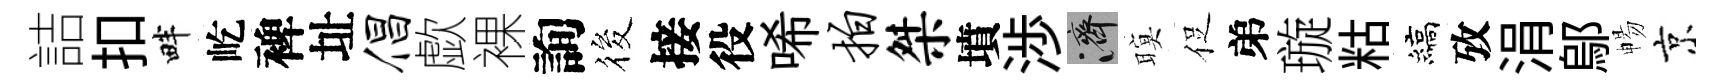
詰扣畔屹裨址倡歔裸詢筱接役唏拍桀墳渉濟暝促弟璇䊀縞攷涓鄔暢京